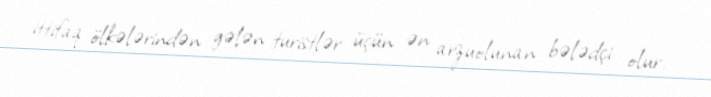
ittifaq ölkələrindən gələn turistlər üçün ən arzuolunan bələdçi olur.